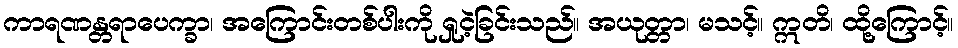
ကာရဏန္တရာပေက္ခာ၊ အကြောင်းတစ်ပါးကို ရှုငဲ့ခြင်းသည်။ အယုတ္တာ၊ မသင့်။ ဣတိ၊ ထို့ကြောင့်။